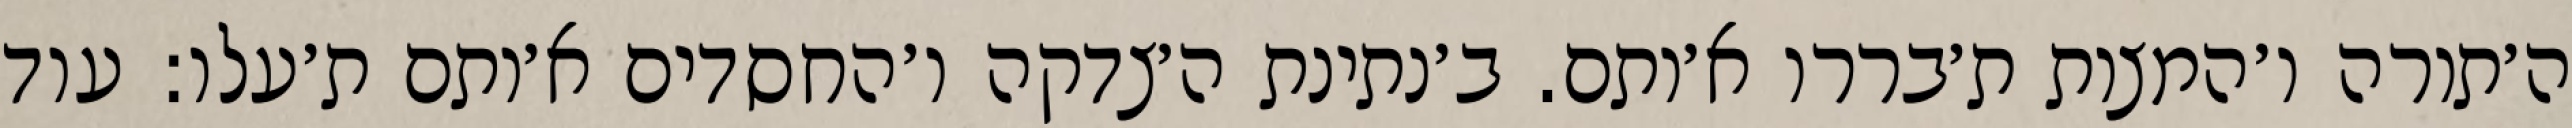
ה׳תורה ו׳המצות ת׳בררו א׳ותם. ב׳נתינת ה׳צדקה ו׳החסדים א׳ותם ת׳עלו: עוד